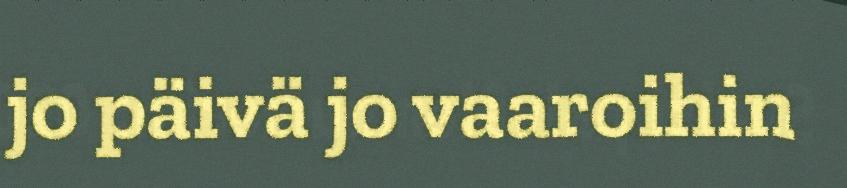
jo päivä jo vaaroihin